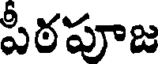
పీఠపూజ